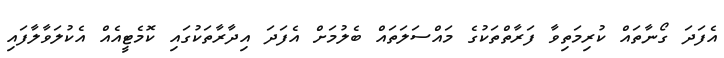
އެފަދަ ގޯނާތައް ކުރިމަތިވާ ފަރާތްތަކުގެ މައްސަލަތައް ބެލުމަށް އެފަދަ އިދާރާތަކުގައި ކޮމެޓީއެއް އެކުލަވާލާފައި